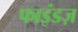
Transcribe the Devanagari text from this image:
फाइंडज़